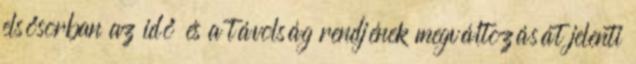
elsősorban az idő és a távolság rendjének megváltozását jelenti